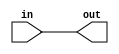
module f1_test(input [1:0] in, output reg [1:0] out);

always @(in)
    out = in;
endmodule